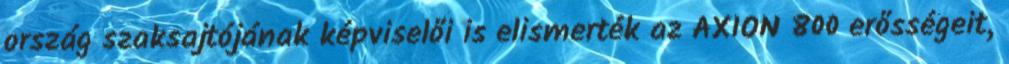
ország szaksajtójának képviselői is elismerték az AXION 800 erősségeit,